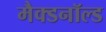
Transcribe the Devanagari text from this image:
मैक्डनॉल्ड